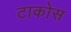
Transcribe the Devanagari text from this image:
टाकोस